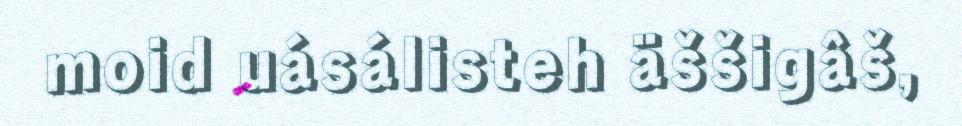
moid uásálisteh äššigâš,